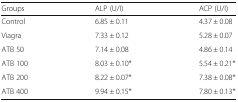
<table><thead><tr><td><b>Groups</b></td><td><b>ALP (U/I)</b></td><td><b>ACP (U/I)</b></td></tr></thead><tbody><tr><td>Control</td><td>6.85 ± 0.11</td><td>4.37 ± 0.08</td></tr><tr><td>Viagra</td><td>7.33 ± 0.12</td><td>5.28 ± 0.07</td></tr><tr><td>ATB 50</td><td>7.14 ± 0.08</td><td>4.86 ± 0.14</td></tr><tr><td>ATB 100</td><td>8.03 ± 0.10*</td><td>5.54 ± 0.21*</td></tr><tr><td>ATB 200</td><td>8.22 ± 0.07*</td><td>7.38 ± 0.08*</td></tr><tr><td>ATB 400</td><td>9.94 ± 0.15*</td><td>7.80 ± 0.13*</td></tr></tbody></table>